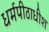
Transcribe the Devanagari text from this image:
धर्मपीठाधीश